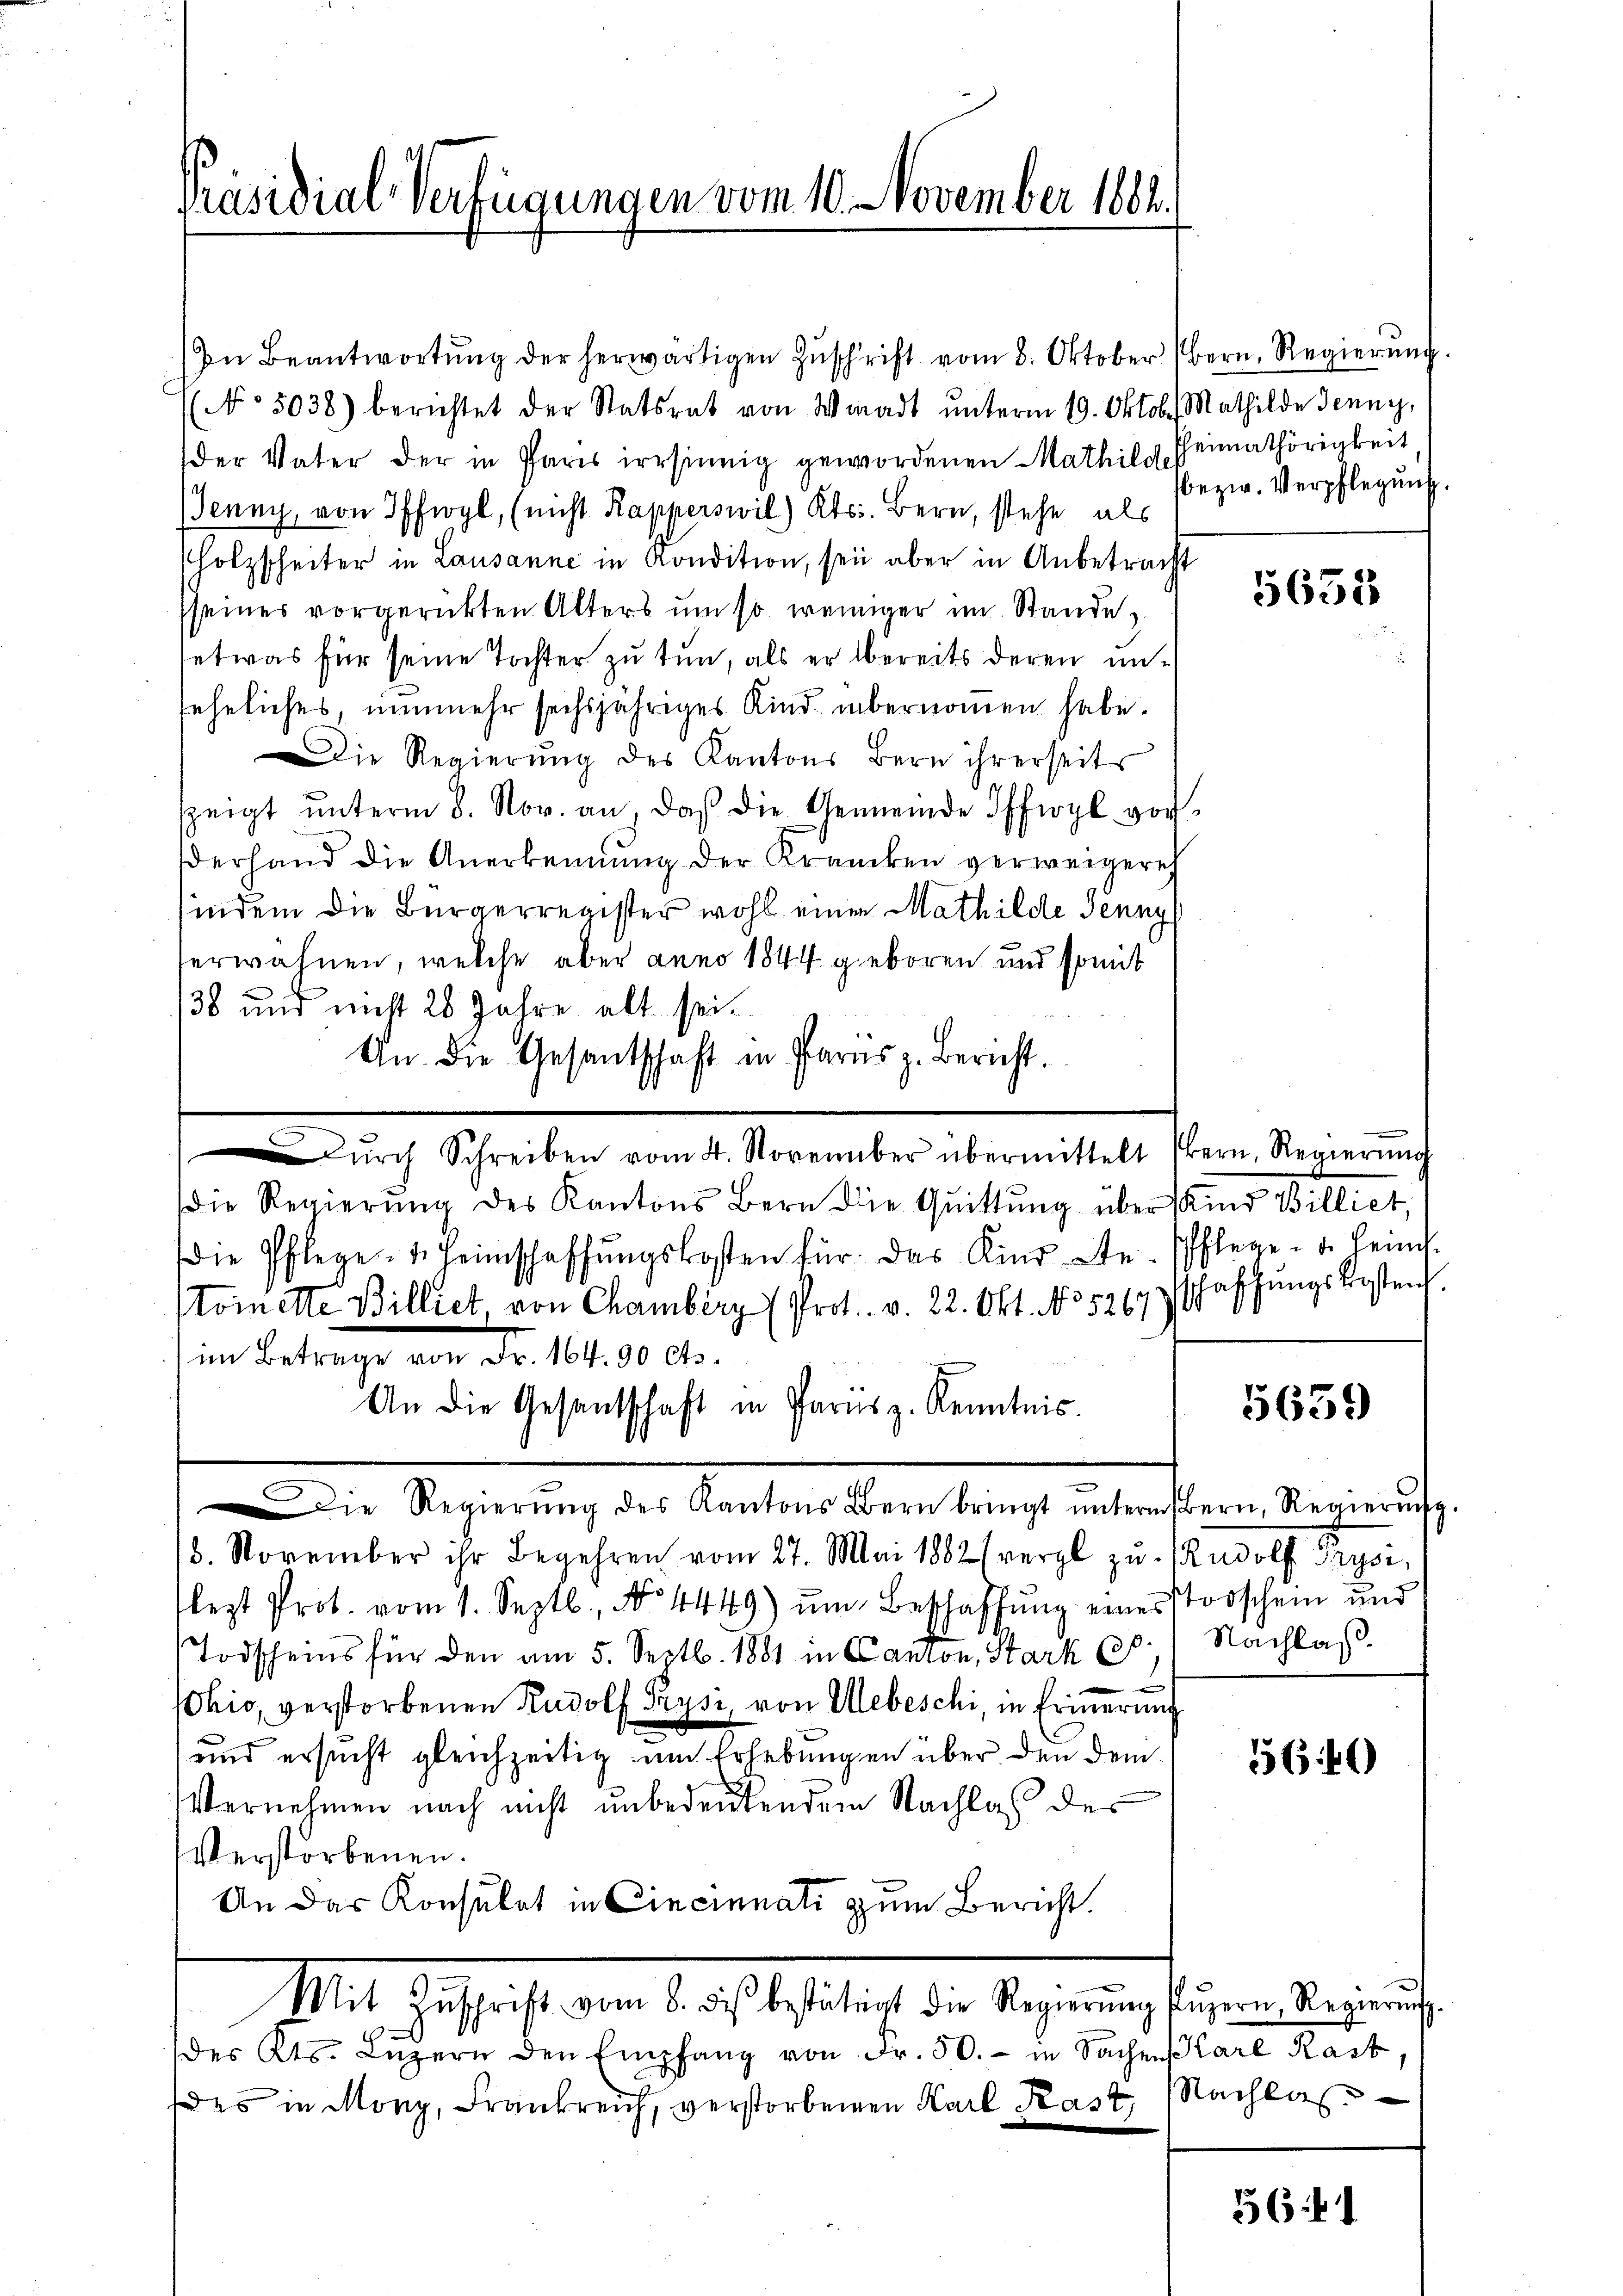
Präsidial-Verfügungen vom 10. November 1884.

In Beantwortung der herwärtigen Zuschrift vom 8. Oktober (Bern Regierung.
No 5038) berichtet der Statsrat von Waadt ŭnterm 19. Oktob. Mathilde Jenny,
der Vater der in Paris irrsinnig gewordenen Mathilde
Jenny, von Pfirpl, (nicht Kapperswil) Kts. Bern, stehe als
Holzscheiter in Lausanne in Kondition, sei aber in Anbetracht
seines vorgerückten Alters um so weniger im Stande
etwas für seine Tochter zu tun, als er bereits deren unsehnliches, nunmehr sechsjähriges Kind übernommen habe.
Die Regierung des Kantons Bern ihrerseits
szeigt ŭnterm 8. Nov. an, daβ die Gemeinde Offiogl vor
derhand die Anerkennung der Krancken verweigerech
indem die Bürgerregister wohl einen Mathilde Jenny
erwähnen, welche aber anno 1844 geboren und somit
138 und nicht 28 Jahre alt sei.
1
Un. die Gesantschaft in Paras z. Bericht.
Dŭrch Schreiben vom 4. November übermittelt Bern, Regierŭng
die Regierŭng des Kantons Bern die Quittung über Kind Billiet,
die Pflege 4. Heimschaffŭngskosten für das Kind die Pflege - u. Hein
tomette Billiet, von Chamberg (Prot. v. 22. Okt. No 5267 schaffŭngskosten
(im Betrage von Fr. 164. 90 cts.
An die Gesandschaft in Parnsz. Kenntnis.
Die Regierŭng des Kantons Bern bringt ŭnterm Bern, Regierŭng.
3. November ihr Begehren vom 27. Mai 1882 (vergl zŭ Rudolf Grysi,
lezt Prot. vom 1. Septb., N. 4449) um Beschaffung einerstorschen und
Todscheins für den am 5. Septb. 1881 in Canton, Stark (
Ohio, verstorbenen Rudolf Trysi, von Mebeschi, in Erinnerung
und ersucht gleichzeitig um Erhebungen über den dem
Vernehmen nach nicht unbedeutendem Nachlaß der
Verstorbenen.
An das Konsulat in Cincinati zum Bericht
Mit Gesicht der d. es ehelich der Regierung einen Regleiche
des Kts. Lŭzern den Empfang von Fr. 50.- in Sachen Karl Rast,
d es in Mony, Frankreich, verstorbenen Karl Kast

Heimathörigkeit
bezw. Verpflegung.

5655

5639

Nachlaß.

564)

Nachlas

56